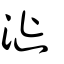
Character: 漇